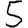
Digit: 5